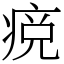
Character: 痥